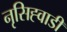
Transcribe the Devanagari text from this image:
नृसिह्वाडी